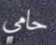
حامي